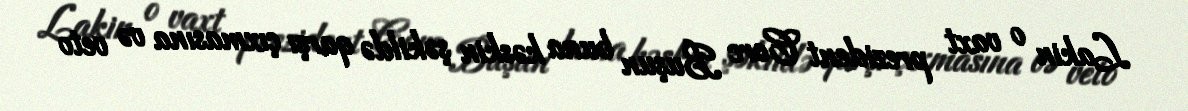
Lakin o vaxt prezident Corc Buşun buna kəskin şəkildə qarşı çıxmasına və veto